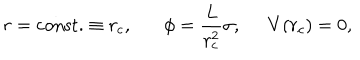
LaTeX: r = \mathrm { c o n s t . } \equiv r _ { c } , \phi = \frac { L } { r _ { c } ^ { 2 } } \sigma , \; \; V ( r _ { c } ) = 0 ,